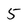
Character: 5